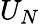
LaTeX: U_{N}